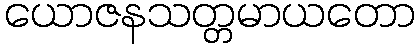
ယောဇနသတ္တမာယတော